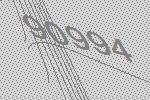
90994